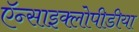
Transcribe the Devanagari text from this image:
ऍन्साइक्लोपीडीया